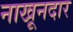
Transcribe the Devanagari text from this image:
नाखूनदार